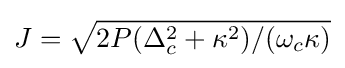
J={\sqrt {2P(\Delta _{c}^{2}+\kappa ^{2})/(\omega _{c}\kappa )}}